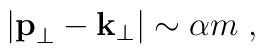
|{\bf p}_\perp-{\bf k}_\perp| \sim \alpha m \;,